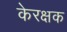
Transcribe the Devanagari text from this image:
केरक्षक